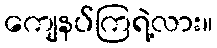
ကျေနပ်ကြရဲ့လား။